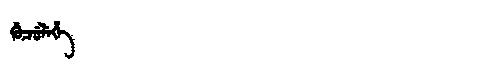
Manchu: ᡤᡠᠴᡠᠯᡝᡥᡝ
Romanization: GUCULEHE